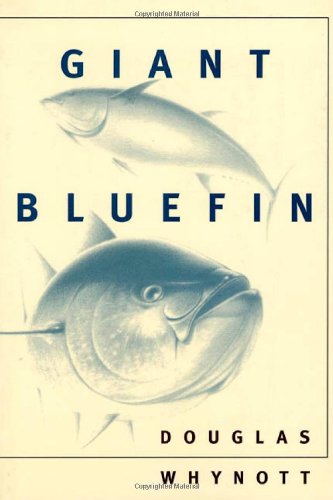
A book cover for Giant Bluefin; Douglas Whynott; Sports & Outdoors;